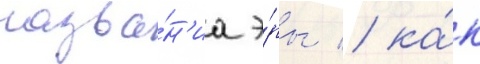
назва́н'иа э́ры / ка́к